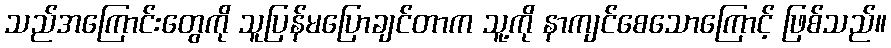
သည်အကြောင်းတွေကို သူပြန်မပြောချင်တာက သူ့ကို နာကျင်စေသောကြောင့် ဖြစ်သည်။